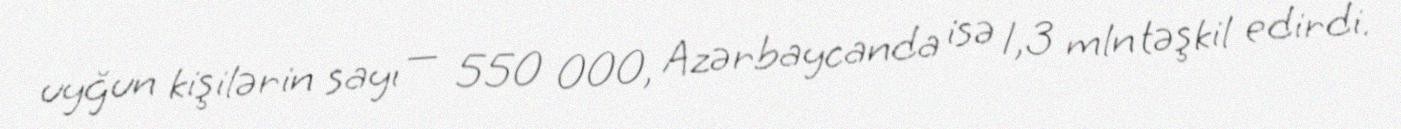
uyğun kişilərin sayı — 550 000, Azərbaycanda isə 1,3 mln təşkil edirdi.